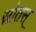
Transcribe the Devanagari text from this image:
स्रोतस्